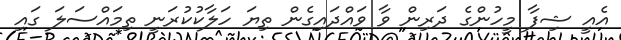
އެއީ ޝިފާ މީހުންގެ ދަރިން ވާ ވައްދައިގެން ތިޔަ ހަލާކުކުރަނީ ތިމައްސަލަ ގައި